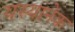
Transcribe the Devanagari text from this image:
यस्यानेक